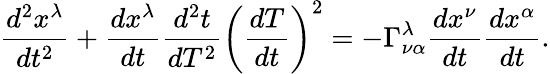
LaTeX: {\frac{d^{2}x^{\lambda}}{dt^{2}}}+{\frac{dx^{\lambda}}{dt}}{\frac{d^{2}t}{dT^{2}}}\left({\frac{dT}{dt}}\right)^{2}=-\Gamma_{\nu\alpha}^{\lambda}{\frac{dx^{\nu}}{dt}}{\frac{dx^{\alpha}}{dt}}.